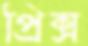
প্রিক্স